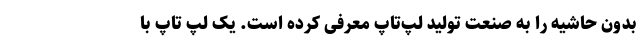
بدون حاشیه را به صنعت تولید لپ‌تاپ‌ معرفی کرده است. یک لپ تاپ با